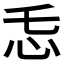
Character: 𱝾